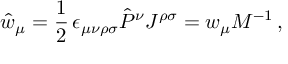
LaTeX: \hat { w } _ { \mu } = \frac { 1 } { 2 } \, \epsilon _ { \mu \nu \rho \sigma } \hat { P } ^ { \nu } J ^ { \rho \sigma } = w _ { \mu } M ^ { - 1 } \, ,